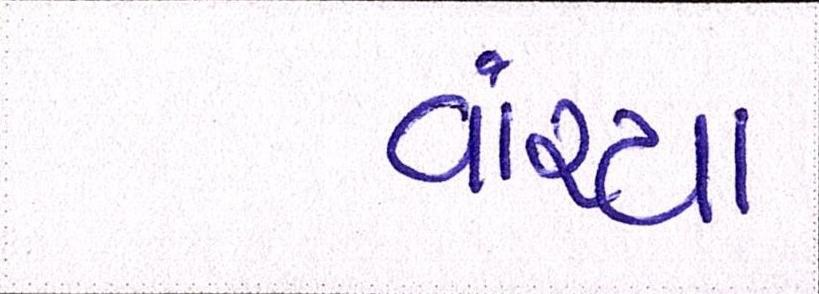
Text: વાંચ્યા